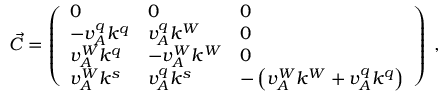
\vec { C } = \left( \begin{array} { l l l } { 0 } & { 0 } & { 0 } \\ { - v _ { A } ^ { q } k ^ { q } } & { v _ { A } ^ { q } k ^ { W } } & { 0 } \\ { v _ { A } ^ { W } k ^ { q } } & { - v _ { A } ^ { W } k ^ { W } } & { 0 } \\ { v _ { A } ^ { W } k ^ { s } } & { v _ { A } ^ { q } k ^ { s } } & { - \left( v _ { A } ^ { W } k ^ { W } + v _ { A } ^ { q } k ^ { q } \right) } \end{array} \right) \; ,